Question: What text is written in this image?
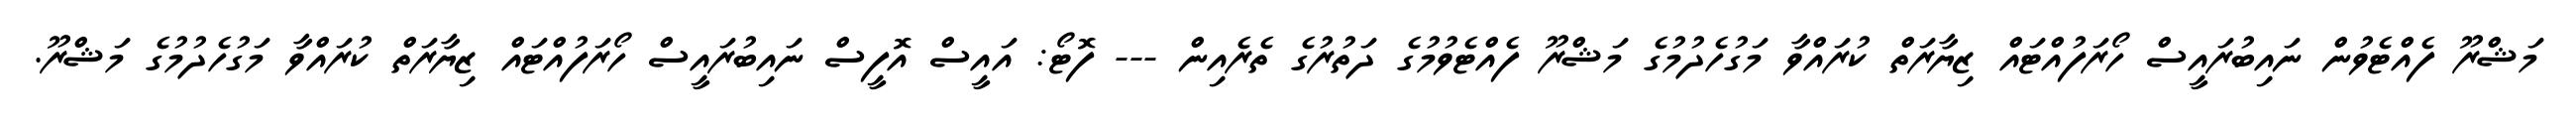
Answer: މަޝްރޫ ފެއްޓެވުން ނައިބުރައީސް ހޯރަފުއްޓައް ޒިޔާރަތް ކުރައްވާ މަގުހެދުމުގެ މަޝްރޫ ފެއްޓެވުމުގެ ދަތުރުގެ ތެރެއިން --- ފޮޓޯ: އައީސް އޮފީސް ނައިބުރައީސް ހޯރަފުއްޓައް ޒިޔާރަތް ކުރައްވާ މަގުހެދުމުގެ މަޝްރޫ.